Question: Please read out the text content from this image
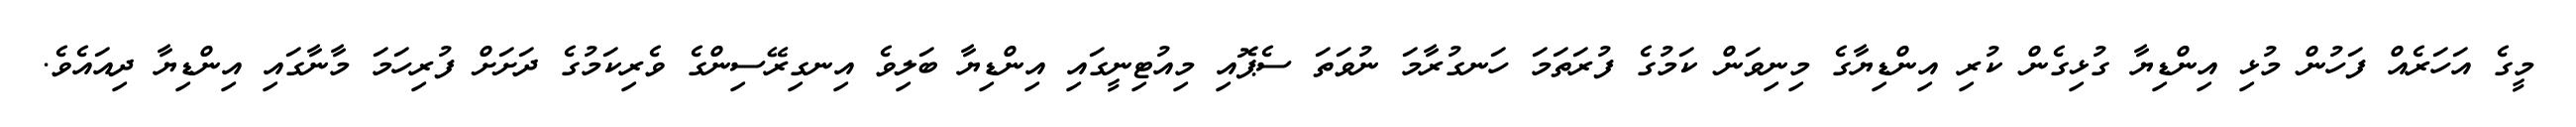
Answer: މީގެ އަހަރެއް ފަހުން މުޅި އިންޑިޔާ ގުޅިގެން ކުރި އިންޑިޔާގެ މިނިވަން ކަމުގެ ފުރަތަމަ ހަނގުރާމަ ނުވަތަ ސެޕޮއި މިއުޓިނީގައި އިންޑިޔާ ބަލިވެ އިނގިރޭސިންގެ ވެރިކަމުގެ ދަށަށް ފުރިހަމަ މާނާގައި އިންޑިޔާ ދިއައެވެ.